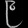
Digit: ၉